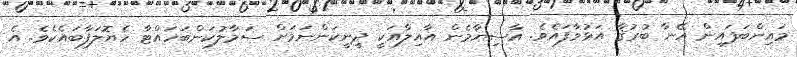
މައިންބަފައިން އޭނާ ބުރުޤާ އަޅުވާފައެވެ. އާސިޔާމެން އާއިލާއަކީ ދީނީކަންނަމަށް ސަމާލުކަންބަހައްޓާ ހެޔޮލަފާބައެކެވެ. އެ